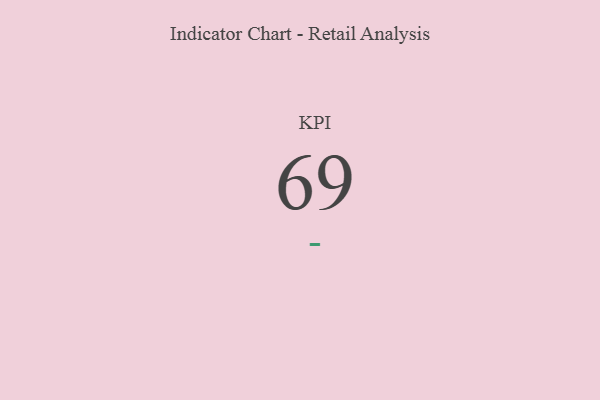
{"axis": {"x": "KPI", "y": "Value"}, "legend": [""], "data": [{"x": "KPI", "y": 69, "type": ""}]}